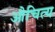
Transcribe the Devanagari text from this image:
औचित्‍य